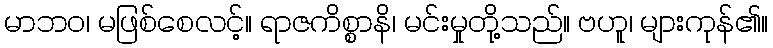
မာဘဝ၊ မဖြစ်စေလင့်။ ရာဇကိစ္စာနိ၊ မင်းမှုတို့သည်။ ဗဟူ၊ များကုန်၏။